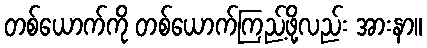
တစ်ယောက်ကို တစ်ယောက်ကြည့်ဖို့လည်း အားနာ။